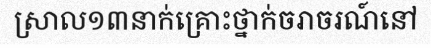
ស្រាល១៣នាក់គ្រោះថ្នាក់ចរាចរណ៍នៅ